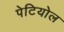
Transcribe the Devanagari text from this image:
पेटियोल